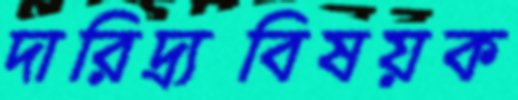
দারিদ্র্যবিষয়ক